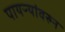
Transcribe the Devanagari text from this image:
पायऱ्यांवरुन